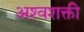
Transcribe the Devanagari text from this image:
अश्‍वशक्ती